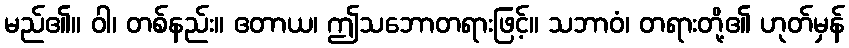
မည်၏။ ဝါ၊ တစ်နည်း။ ဧတာယ၊ ဤသဘောတရားဖြင့်။ သဘာဝံ၊ တရားတို့၏ ဟုတ်မှန်